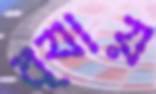
ব্যায়